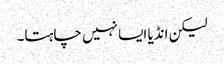
لیکن انڈیا ایسا نہیں چاہتا۔